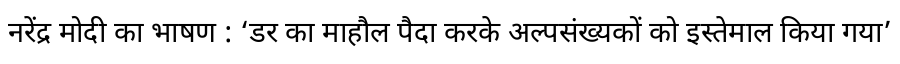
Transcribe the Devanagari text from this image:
नरेंद्र मोदी का भाषण : ‘डर का माहौल पैदा करके अल्पसंख्यकों को इस्तेमाल किया गया’